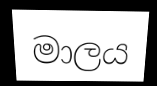
මාලය